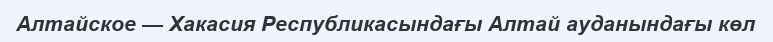
Алтайское — Хакасия Республикасындағы Алтай ауданындағы көл